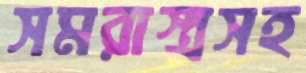
সমরাস্ত্রসহ